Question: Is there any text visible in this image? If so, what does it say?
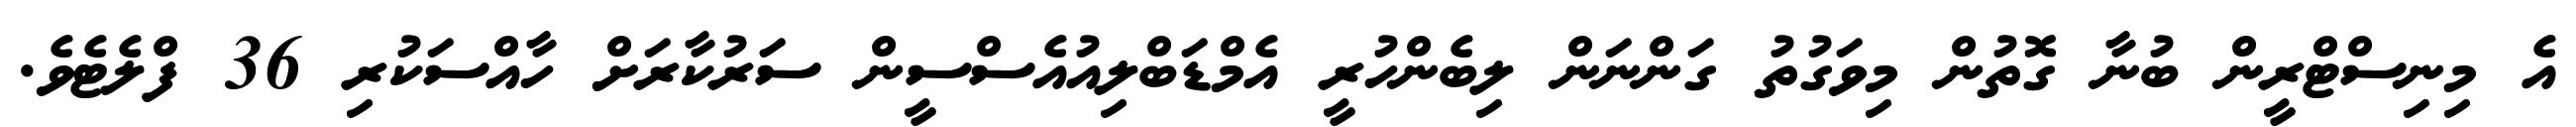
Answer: އެ މިނިސްޓްރީން ބުނާ ގޮތުން މިވަގުތު ގަންނަން ލިބެންހުރީ އެމްޑަބްލިއުއެސްސީން ސަރުކާރަށް ހާއްސަކުރި 36 ފްލެޓެވެ.